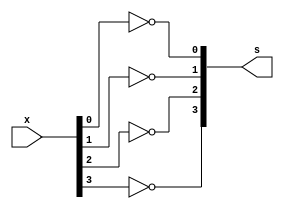
// Guia 06 - Capitulo 3
// Nome: Karen Alves Pereira
// Data: 24/03/2011

 //-- Complemento 

 module complemento1 (s, x);
 input [3:0]x;
 output [3:0]s;

 not NOT1 (s[0], x[0]);
 not NOT2 (s[1], x[1]);
 not NOT3 (s[2], x[2]);
 not NOT4 (s[3], x[3]);

 endmodule 

 //--Teste 
 
 module teste;

 reg  [3:0] x, y;
 wire [3:0 ]Comp;

 complemento1 COM1 (Comp, x);


   initial begin
	   $display("Guia 06");
		$display("Karen Alves Pereira - 407451");
      $display("Teste ALU");
      $display("\n Complemento x\n");

		x = 0;
		y = 0;
  		while(x != 15)
		  begin
		    x = (y == 0)? x :x + 1;
			 y = 0;
  #1      $display("%b ",Comp);
			 while(y != 15)
			   begin
				  y = y + 1;
  #1              $display("%b ",Comp);
		      end
		  end
  end
endmodule